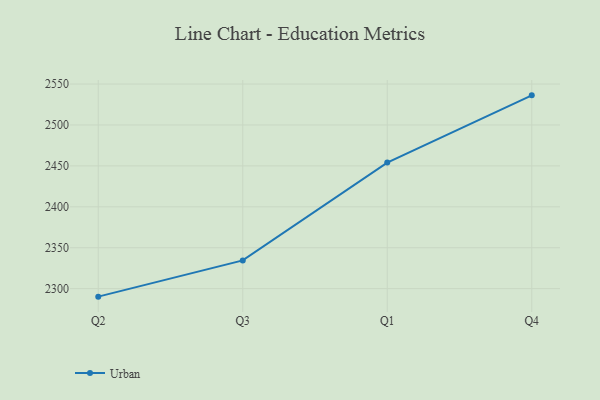
{"axis": {"x": "Quarter", "y": "Production Output"}, "legend": ["Urban"], "data": [{"x": "Q2", "y": 2290.2, "type": "Urban"}, {"x": "Q3", "y": 2334.5, "type": "Urban"}, {"x": "Q1", "y": 2454.0, "type": "Urban"}, {"x": "Q4", "y": 2536.2, "type": "Urban"}]}